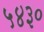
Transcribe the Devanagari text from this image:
५४३०